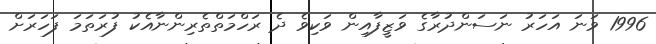
1996 ވަނަ އަހަރު ނަސަންދުރާގެ ވަޒީފާއިން ވަކިވެ ދެ ރަހްމަތްތެރިންނާއެކު ފުރަތަމަ ފަހަރަށް